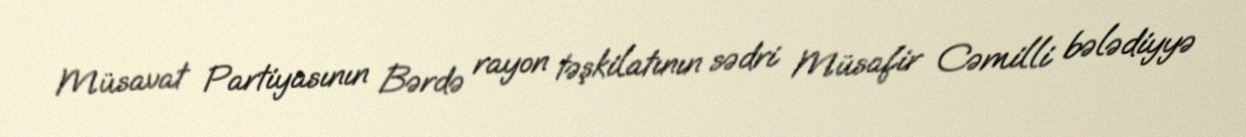
Müsavat Partiyasının Bərdə rayon təşkilatının sədri Müsafir Cəmilli bələdiyyə